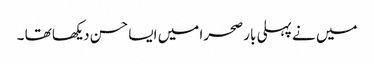
میں نے پہلی بار صحرا میں ایسا حسن دیکھا تھا ۔